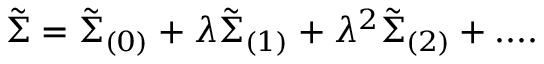
\tilde { \Sigma } = \tilde { \Sigma } _ { ( 0 ) } + \lambda \tilde { \Sigma } _ { ( 1 ) } + \lambda ^ { 2 } \tilde { \Sigma } _ { ( 2 ) } + . . . .